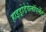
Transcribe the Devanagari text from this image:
हाइड्रोडेवेलॉपमेंट